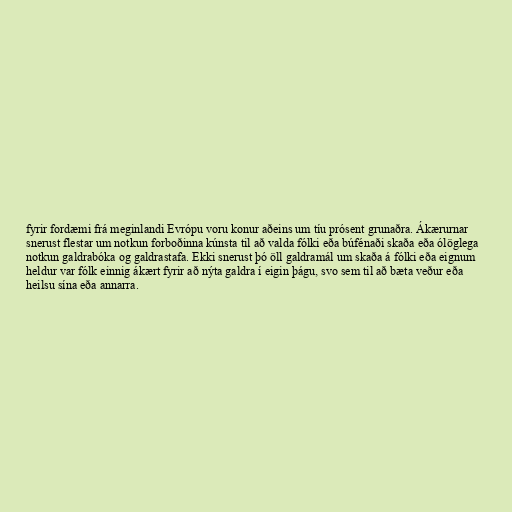
fyrir fordæmi frá meginlandi Evrópu voru konur aðeins um tíu prósent grunaðra. Ákærurnar
snerust flestar um notkun forboðinna kúnsta til að valda fólki eða búfénaði skaða eða ólöglega
notkun galdrabóka og galdrastafa. Ekki snerust þó öll galdramál um skaða á fólki eða eignum
heldur var fólk einnig ákært fyrir að nýta galdra í eigin þágu, svo sem til að bæta veður eða
heilsu sína eða annarra.